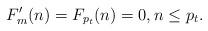
LaTeX: \begin{align*}F'_m(n) =F_{p_t}(n)=0, n \leq p_t.\end{align*}